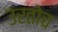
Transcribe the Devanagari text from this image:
उरतोच